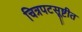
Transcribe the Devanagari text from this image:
चित्रपटसूष्टीत